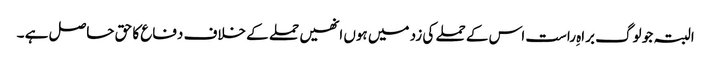
البتہ جو لوگ براہِ راست اس کے حملے کی زد میں ہوں انھیں حملے کے خلاف دفاع کا حق حاصل ہے ۔